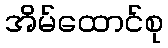
အိမ်ထောင်စု